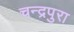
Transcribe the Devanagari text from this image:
चन्द्रपुरा